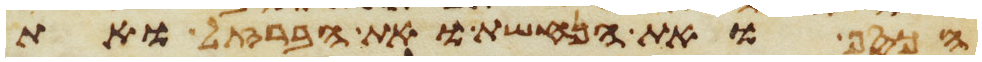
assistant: הכסף ואת הנחשת ואת הברזל ואת